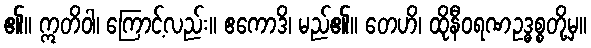
၏။ ဣတိဝါ၊ ကြောင့်လည်း။ ဧကောဒိ၊ မည်၏။ တေဟိ၊ ထိုနီဝရဏဥဒ္ဓစ္စတို့မှ။